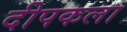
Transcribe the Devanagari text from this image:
दीपकला